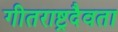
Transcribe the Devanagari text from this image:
गीतराष्ट्रदैवता